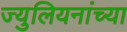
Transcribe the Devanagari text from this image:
ज्युलियनांच्या